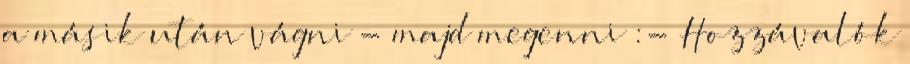
a másik után vágni - majd megenni :- Hozzávalók